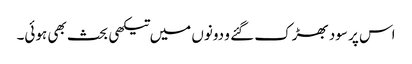
اس پر سود بھڑک گئے و دونوں میں تیکھی بحث بھی ہوئی۔